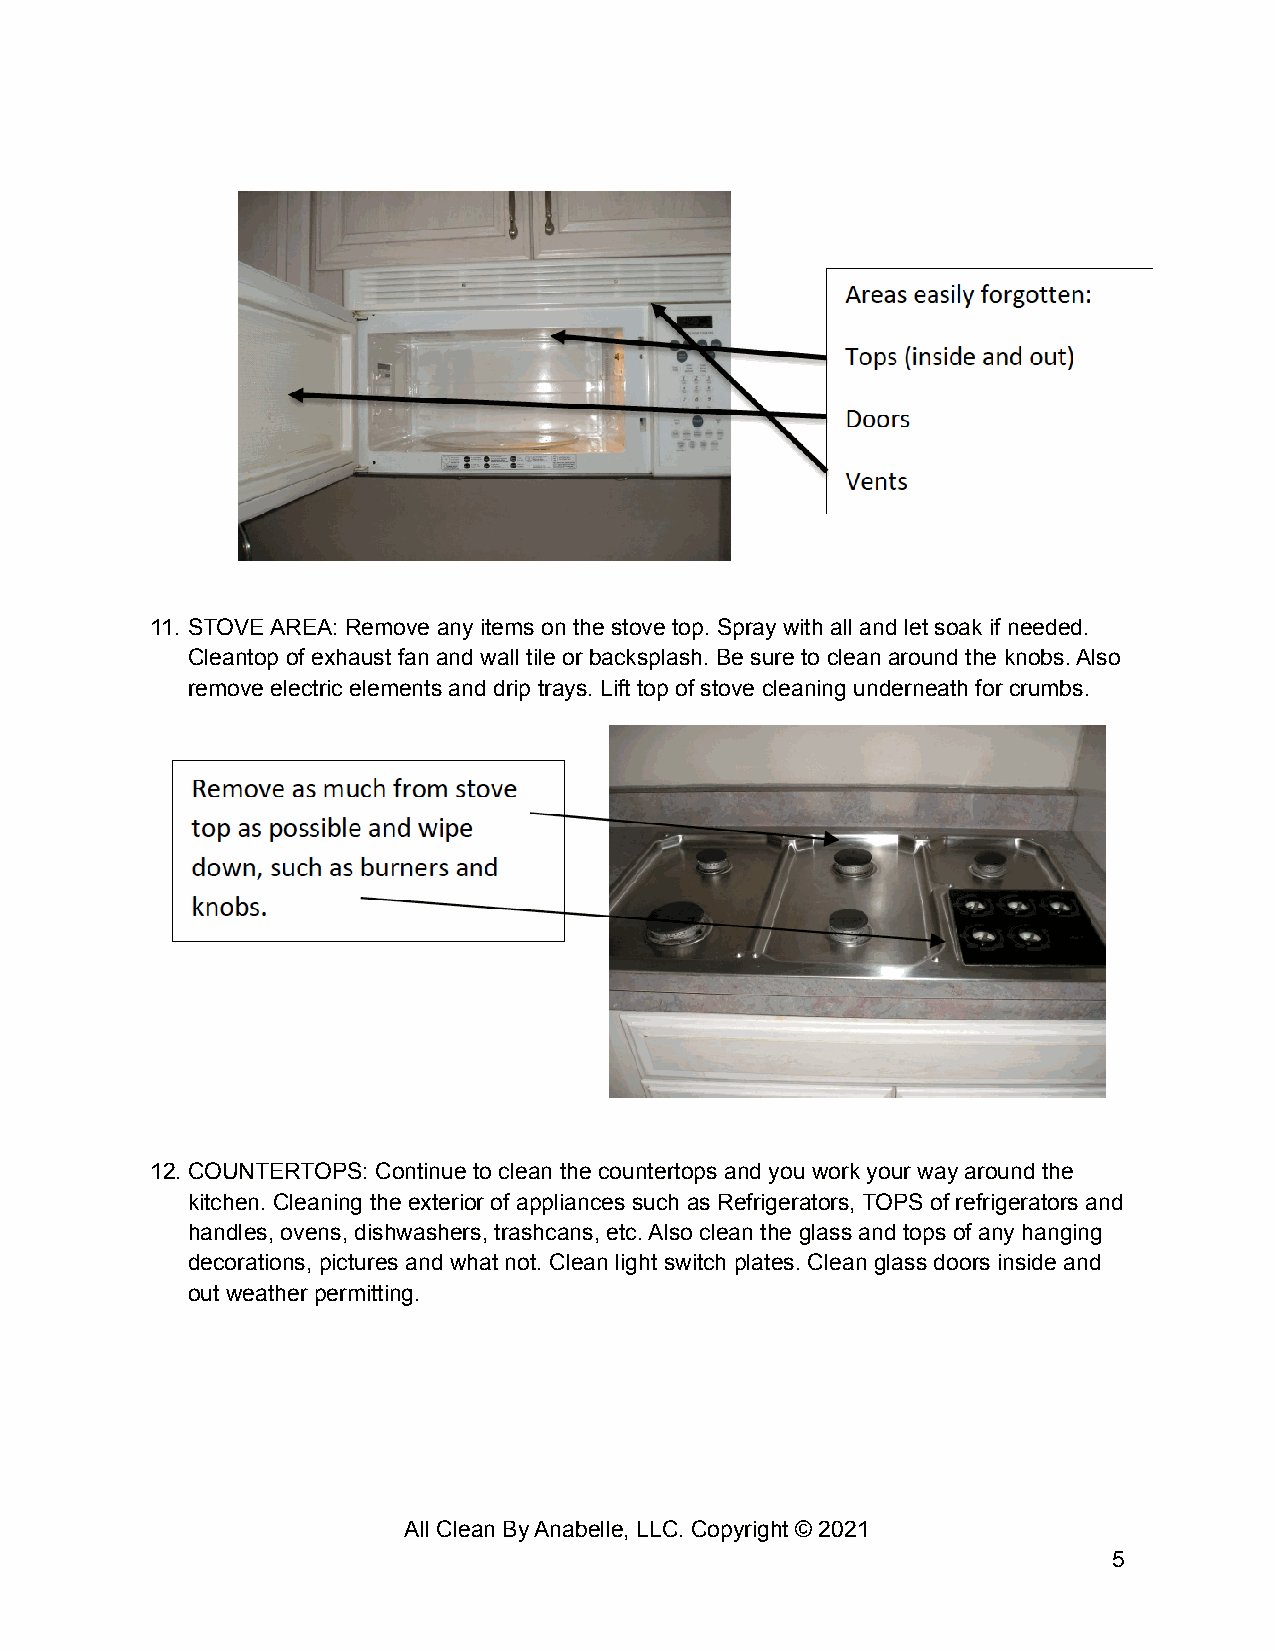
11. STOVE AREA: Remove any items on the stove top. Spray with all and let soak if needed.
 Cleantop of exhaust fan and wall tile or backsplash. Be sure to clean around the knobs. Also
 remove electric elements and drip trays. Lift top of stove cleaning underneath for crumbs.
 12.COUNTERTOPS: Continue to clean the countertops and you work your way around the
 kitchen. Cleaning the exterior of appliances such as Refrigerators, TOPS of refrigerators and
 handles, ovens, dishwashers, trashcans, etc. Also clean the glass and tops of any hanging
 decorations, pictures and what not. Clean light switch plates. Clean glass doors inside and
 out weather permitting.
 All Clean By Anabelle, LLC. Copyright © 2021
 5